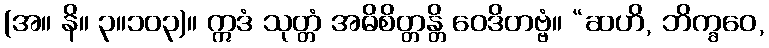
(အ။ နိ။ ၃။၁၀၃)။ ဣဒံ သုတ္တံ အဓိစိတ္တန္တိ ဝေဒိတဗ္ဗံ။ “ဆဟိ, ဘိက္ခဝေ,